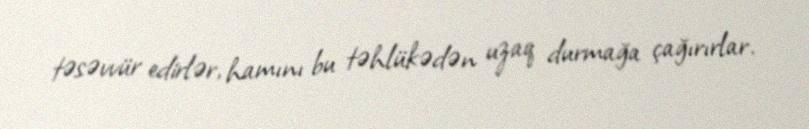
təsəvvür edirlər, hamını bu təhlükədən uzaq durmağa çağırırlar.